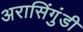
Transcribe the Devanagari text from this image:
अरासिंगुंडी